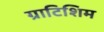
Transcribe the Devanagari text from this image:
ग्राटिशिम